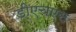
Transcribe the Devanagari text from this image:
डीएचएस